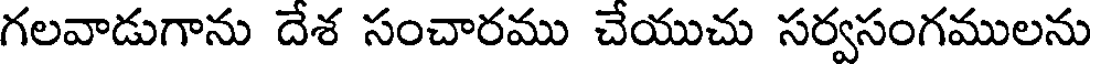
గలవాడుగాను దేశ సంచారము చేయుచు సర్వసంగములను